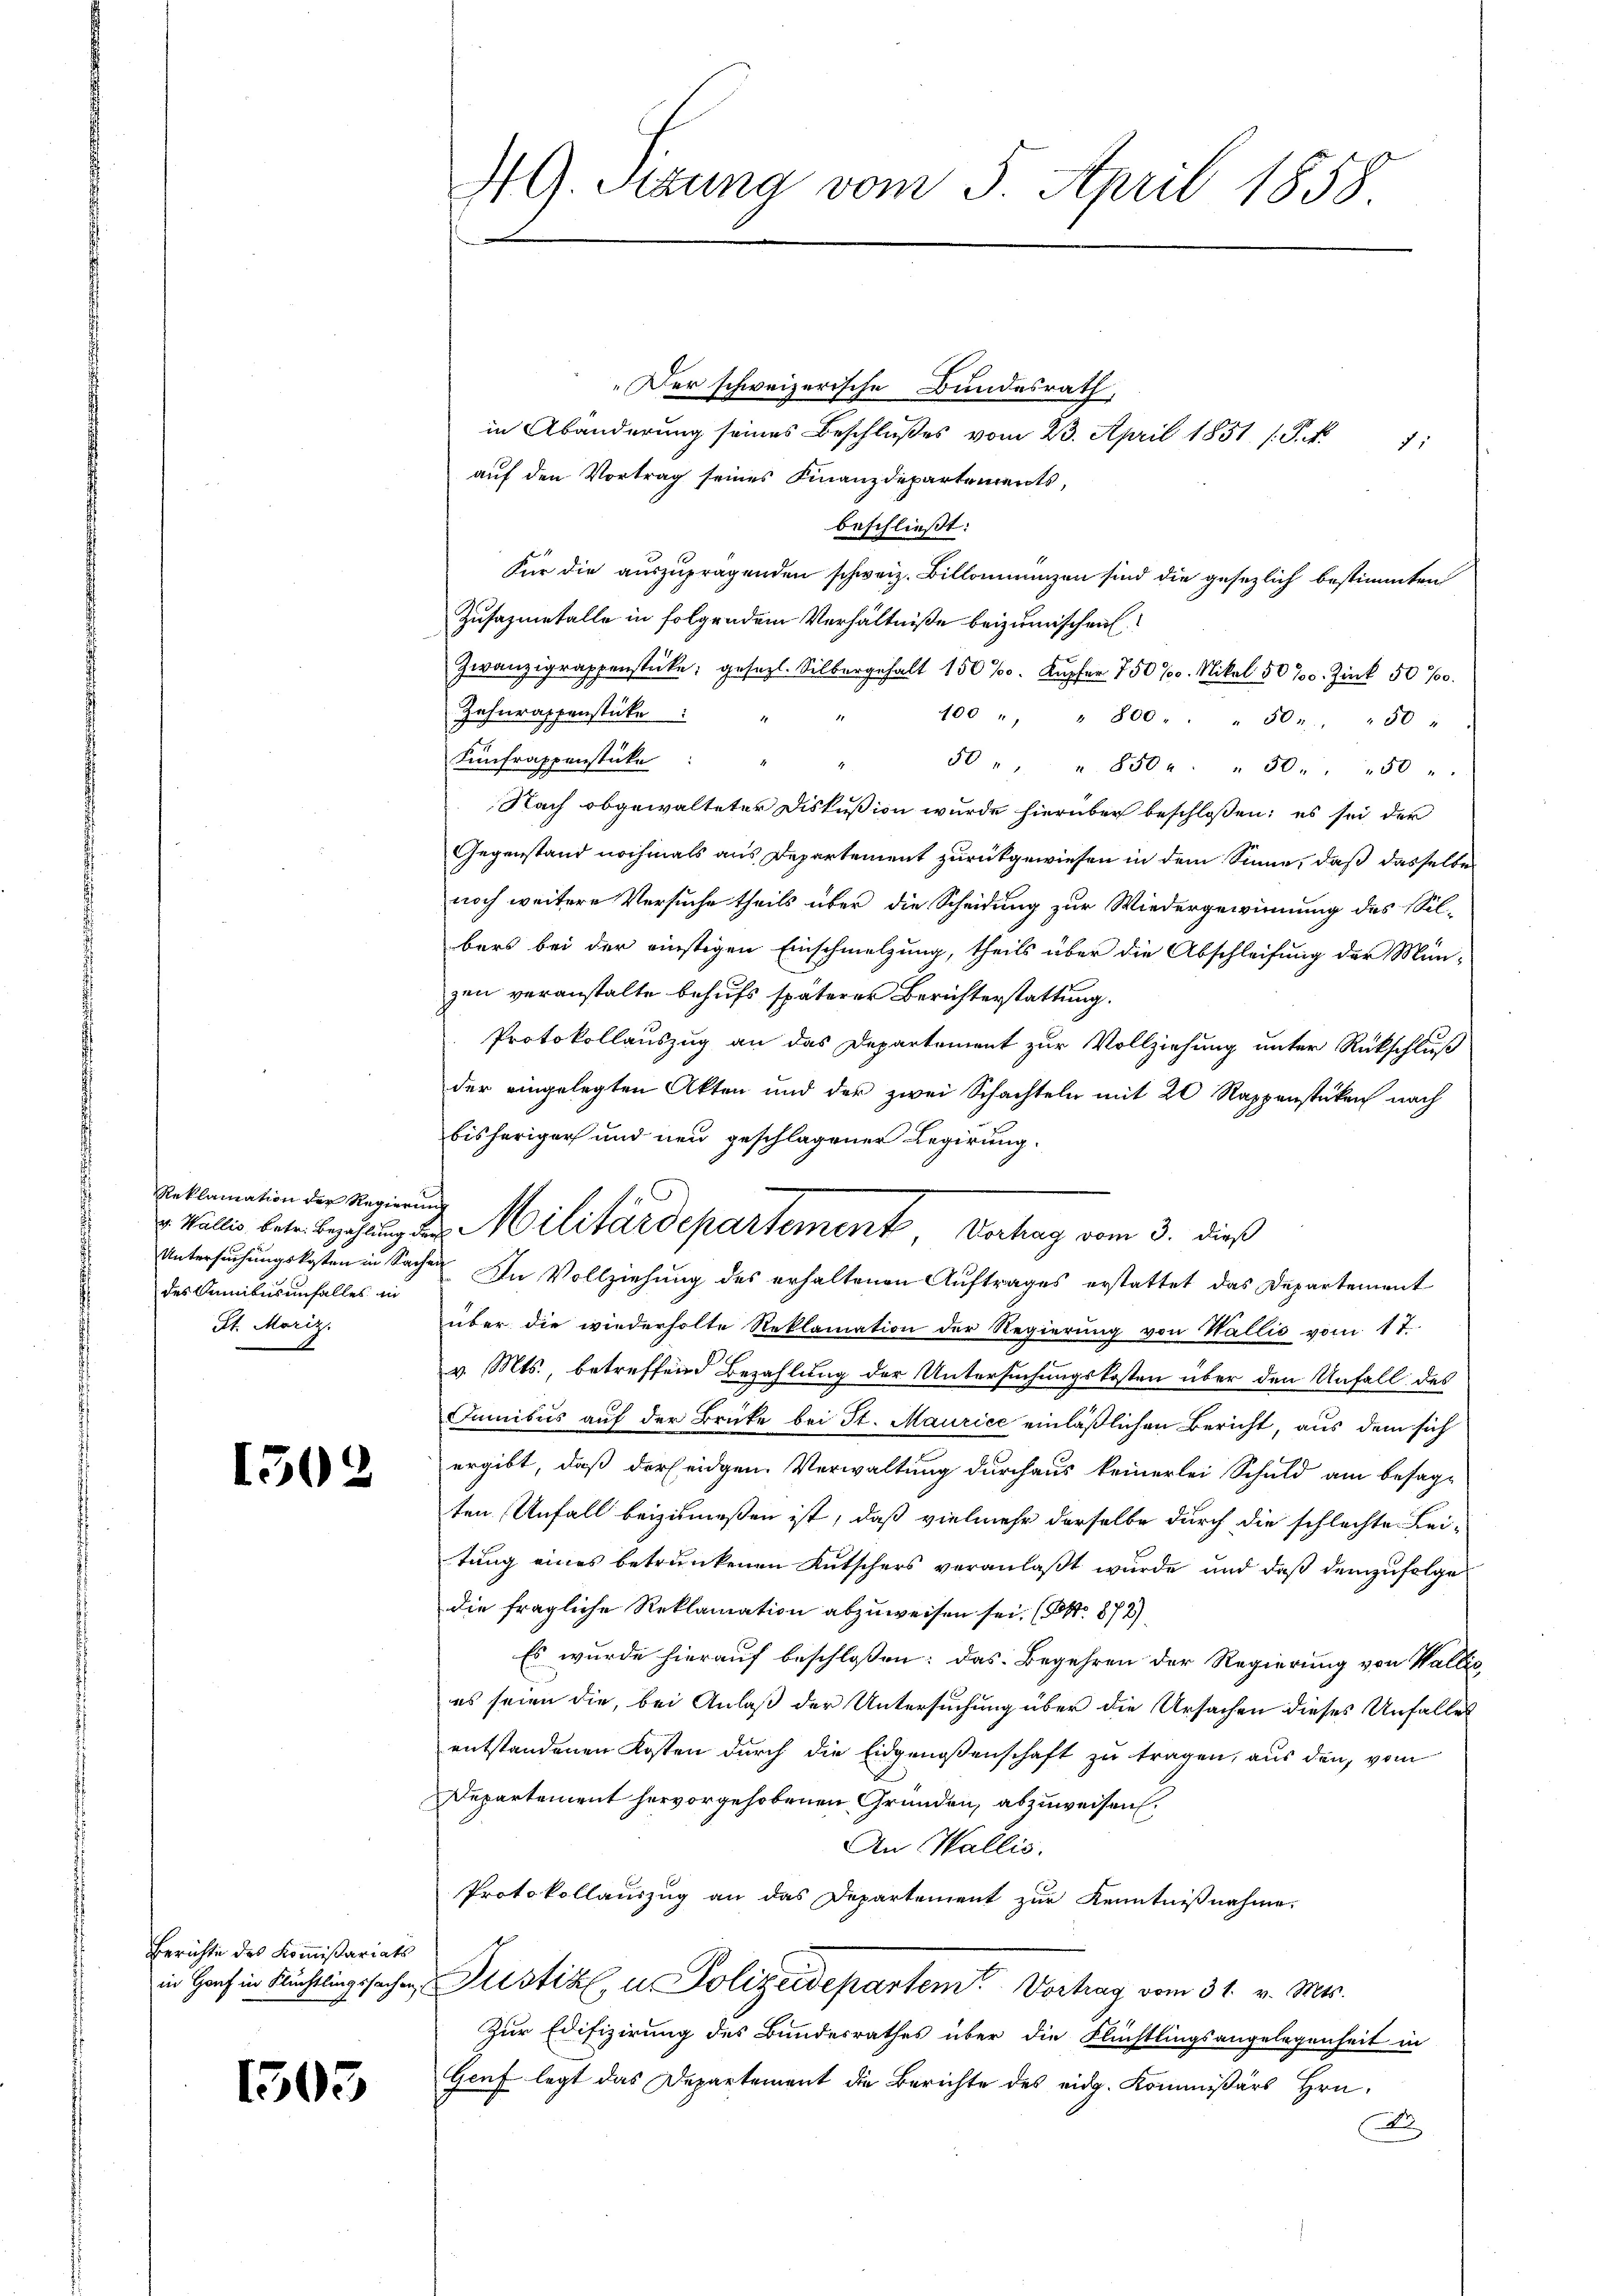
Reklamation der Regierung
des Sanibus unfalles in
St. Moriz

1502

Berichte des Kommißariats

1503

49. Sizung vom 5. April 1858.

v. Wallis betr. Bachung des Militärdepartement, Vertrag vom 3. dieß

„Der schweizerische Bundesrath,
in Abänderung seines Beschlŭβes vom 23. April 1851 /. P. Nr. 7:
auf den Vortrag seines Finanzdepartements,
beschließt:
Für die auszuprägenden schweiz. Billonienzen sind die gesezlich bestimmten
Zusazmetalle in folgendem Verhältniße beizumischen.
Zwanzigrappenstücke; gesetzl. Silbergehalt 150 %. Kupfer 750 %. Mikal 50%. Zink 50%
Zehnrassenstücke
400 " " 800 " " " 50 " " " 50 "
Lunfrappenstücke:
50 " " " 850 " " 50. 50 "
Nach obgewalteter Diskussion wurde hierüber beschlossen; es sei der
Gegenstand nochmals aus Departement zurückgewiesen in dem Sinne, daß dasselbe
noch weitere Versuche theils über die Scheidung zur Wiedergewinnung des Sil-
bers bei der einstigen Einschmelzung, theils über die Abschleifung der Mün-
zen veranstalte behufs späterer Berichterstattung.
Protokollauszug an das Departement zur Vollziehung unter Rückschluß
der eingelegten Akten und der zwei Schachteln mit 20 Rappenstücken nach
bisheriger und neu geschlagener Regierung.
Untersuchungskosten in Sachen. In Vollziehung des erhaltenen Auftrages erstattet das Departement
über die wiederholte Reklamation der Regierung von Wallis vom 17.
v. Mts., betreffend Bezahlung der Untersuchungskosten über den Unfall des
Funibus auf der Brücke bei St. Maurice einläßlichen Bericht, aus dem sich
ergibt, daß der eidgen. Verwaltung durchaus keinerlei Schuld am besage
ten Unfall beizumeßen ist, daß vielmehr derselbe durch die schlechte Lei-
tung eines betrunkenen Kutschers veranlaßt wurde und daß demzufolge
die fragliche Reklamation abzuweisen sei. (ONo. 872),
Es wurde hierauf beschlossen: das Begehren der Regierung von Wallis
es seien die, bei Anlaß der Untersuchung über die Ursachen dieses Unfalles
entstandenen Kosten durch die Eidgenossenschaft zu tragen, aus den vom
Departement hervorgehobenen Gründen, abzuweisen.
An Wallis.
Protokollauszug an das Departement zur Kenntnißnahme.
in Hof in Richtlingssache Justiz, u. Polizeidepartem Vortrag vom 31. v. Mts.
Zur Edifizirung des Bundesrathes über die Flüchtlingsangelegenheit in
Genf legt das Departement die Berichte des eidg. Kommißärs Hrn.
A